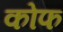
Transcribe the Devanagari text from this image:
कोफ